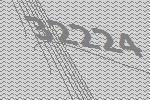
32224